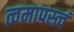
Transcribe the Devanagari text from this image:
त्वमापस्त्वं